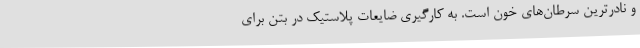
و نادرترین سرطان‌های خون است. به کارگیری ضایعات پلاستیک در بتن برای